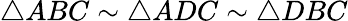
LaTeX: \triangle ABC\sim\triangle ADC\sim\triangle DBC